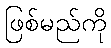
ဖြစ်မည်ကို